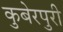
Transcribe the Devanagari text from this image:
कुबेरपुरी